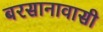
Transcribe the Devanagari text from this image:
बरसानावासी